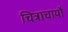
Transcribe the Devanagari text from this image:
चित्राचार्यों